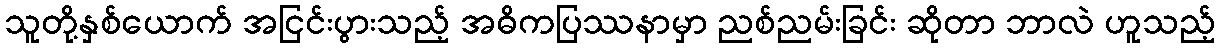
သူတို့နှစ်ယောက် အငြင်းပွားသည့် အဓိကပြဿနာမှာ ညစ်ညမ်းခြင်း ဆိုတာ ဘာလဲ ဟူသည့်